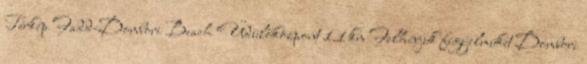
Térkép Fadd-Dombori Beach Üdülőközpont 1.1 km Felhívjuk figyelmüket Dombori